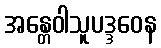
အန္တေဝါသူပဒ္ဒဝေန